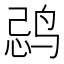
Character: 𱉽